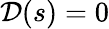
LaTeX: \mathcal{D}(s)=0